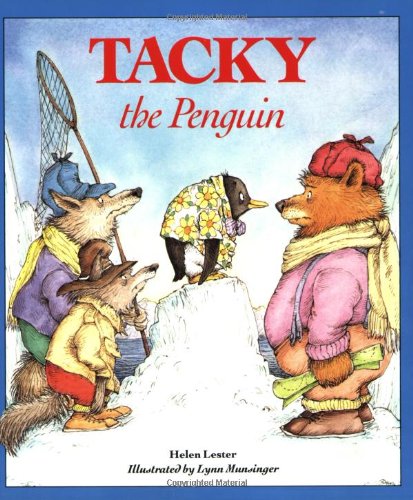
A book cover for Tacky the Penguin; Helen Lester; Children's Books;